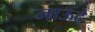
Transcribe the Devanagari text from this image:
जाऊदे